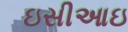
ઇસીઆઇ